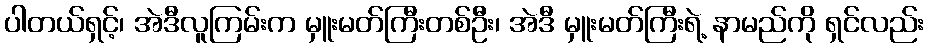
ပါတယ်ရှင့်၊ အဲဒီလူကြမ်းက မှူးမတ်ကြီးတစ်ဦး၊ အဲဒီ မှူးမတ်ကြီးရဲ့ နာမည်ကို ရှင်လည်း